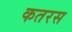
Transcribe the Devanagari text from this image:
कतरस